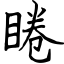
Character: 睠